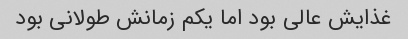
غذایش عالی بود اما یکم زمانش طولانی بود